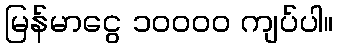
မြန်မာငွေ ၁၀၀၀၀ ကျပ်ပါ။